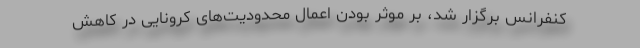
کنفرانس برگزار شد، بر موثر بودن اعمال محدودیت‌های کرونایی در کاهش